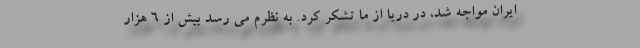
ایران مواجه شد، در دریا از ما تشکر کرد. به نظرم می رسد بیش از 6 هزار